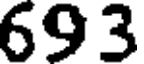
693